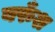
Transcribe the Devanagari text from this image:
बरुँश